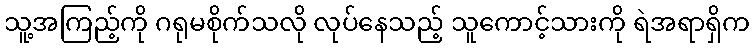
သူ့အကြည့်ကို ဂရုမစိုက်သလို လုပ်နေသည့် သူကောင့်သားကို ရဲအရာရှိက